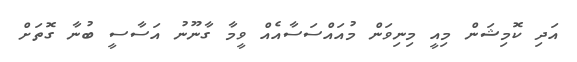
އަދި ކޮމިޝަން މިއީ މިނިވަން މުއައްސަސާއެއް ވީމާ ގާނޫނު އަސާސީ ބުނާ ގޮތަށް